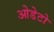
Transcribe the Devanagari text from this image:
ओडेटो